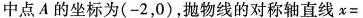
中点A的坐标为(-2，0)，抛物线的对称轴直线x=